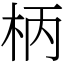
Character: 柄